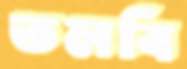
তলবি